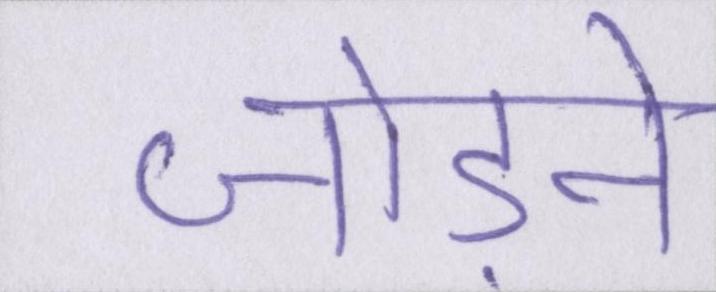
जोड़ने